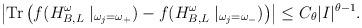
LaTeX: \begin{align*} \left\lvert \operatorname{Tr} \left( f(H_{B,L}^\omega \mid_{\omega_j = \omega_+}) - f(H_{B,L}^\omega \mid_{\omega_j = \omega_-}) \right) \right\rvert \leq C_\theta \lvert I \rvert^{\theta - 1}.\end{align*}